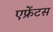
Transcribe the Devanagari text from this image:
एफ्रेंटस